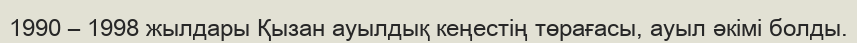
1990 – 1998 жылдары Қызан ауылдық кеңестің төрағасы, ауыл әкімі болды.